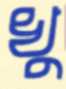
খু